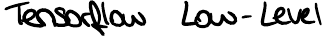
Tensorflow Low-Level